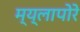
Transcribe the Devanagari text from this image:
म्य्लापोरे